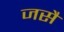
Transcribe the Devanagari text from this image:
जसै